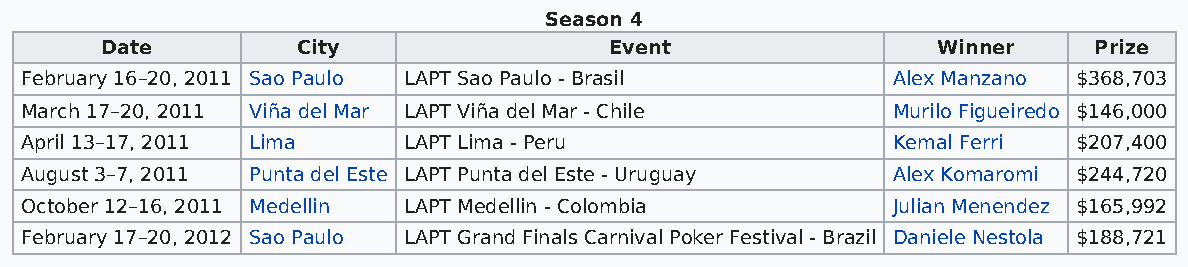
Season 4
 Date         City                Event                 Winner    Prize
 February 16–20, 2011 Sao Paulo LAPT Sao Paulo - Brasil    Alex Manzano $368,703
 March 17–20, 2011 Viña del Mar LAPT Viña del Mar - Chile  Murilo Figueiredo $146,000
 April 13–17, 2011 Lima    LAPT Lima - Peru                Kemal Ferri $207,400
 August 3–7, 2011 Punta del Este LAPT Punta del Este - Uruguay Alex Komaromi $244,720
 October 12–16, 2011 Medellin LAPT Medellin - Colombia     Julian Menendez $165,992
 February 17–20, 2012 Sao Paulo LAPT Grand Finals Carnival Poker Festival - Brazil Daniele Nestola $188,721